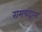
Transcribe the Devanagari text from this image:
रामचंद्रांना